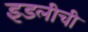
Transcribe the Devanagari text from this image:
इडलीची